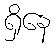
ရှိနေ